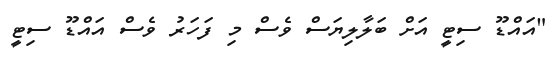
"އައްޑޫ ސިޓީ އަށް ބަލާލިޔަސް ވެސް މި ފަހަރު ވެސް އައްޑޫ ސިޓީ